Plague in India, 1896, 1897 - Volume 1
Year: 1896
Disease focus: Plague
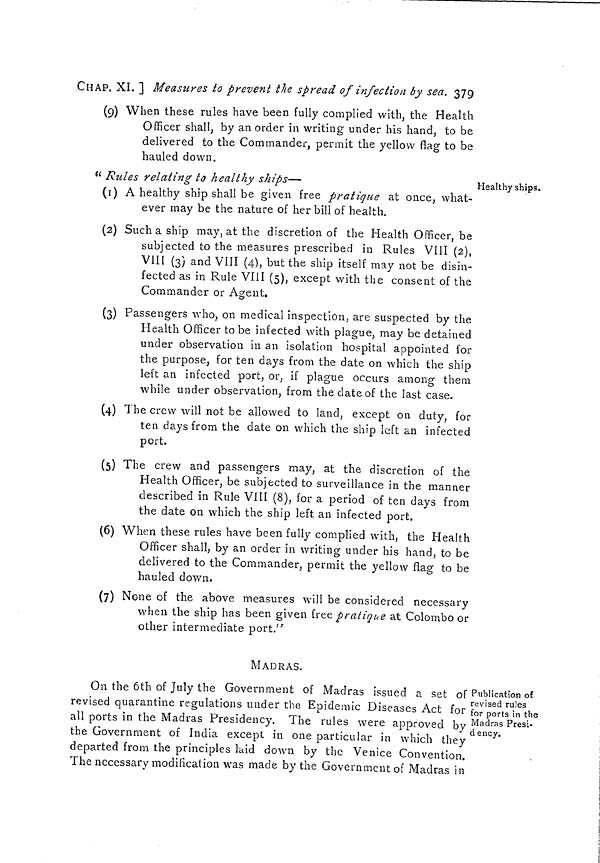
CHAP. XI. ] Measures to prevent the spread of infection by sea. 379
(9) When these rules have been fully complied with, the Health
Officer shall, by an order in writing under his hand, to be
delivered to the Commander, permit the yellow flag to be
hauled down.
Healthy ships.
" Rules relating to healthy ships—
(1) A healthy ship shall be given free pratique at once, what-
ever may be the nature of her bill of health.
(2) Such a ship may, at the discretion of the Health Officer, be
subjected to the measures prescribed in Rules VIII (2),
VIII (3) and VIII (4), but the ship itself may not be disin-
fected as in Rule VIII (5), except with the consent of the
Commander or Agent.
(3) Passengers who, on medical inspection, are suspected by the
Health Officer to be infected with plague, may be detained
under observation in an isolation hospital appointed for
the purpose, for ten days from the date on which the ship
left an infected port, or, if plague occurs among them
while under observation, from the date of the last case.
(4) The crew will not be allowed to land, except on duty, for
ten days from the date on which the ship left an infected
port.
(5) The crew and passengers may, at the discretion of the
Health Officer, be subjected to surveillance in the manner
described in Rule VIII (8), for a period of ten days from
the date on which the ship left an infected port.
(6) When these rules have been fully complied with, the Health
Officer shall, by an order in writing under his hand, to be
delivered to the Commander, permit the yellow flag to be
hauled down.
(7) None of the above measures will be considered necessary
when the ship has been given free pratique at Colombo or
other intermediate port."
MADRAS.
Publication of
revised rules
for ports in the
Madras Presi-
d ency.
On the 6th of July the Government of Madras issued a set of
revised quarantine regulations under the Epidemic Diseases Act for
all ports in the Madras Presidency. The rules were approved by
the Government of India except in one particular in which they
departed from the principles laid down by the Venice Convention.
The necessary modification was made by the Government of Madras in